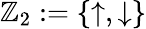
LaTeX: \mathbb{Z}_{2}:=\{ \uparrow,\downarrow\}